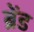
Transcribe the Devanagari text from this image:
ब्रेंड